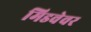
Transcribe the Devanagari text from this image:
मिडवेवर